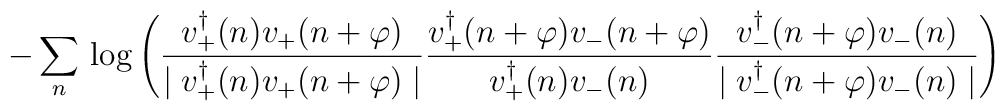
- \sum_n \, \log \left(\frac{v^{\dagger}_+ (n) v_+ (n+\varphi)}{\mid v^{\dagger}_+ (n) v_+(n+\varphi)\mid}\frac{v^{\dagger}_+ (n+\varphi) v_- (n+\varphi)}{v^{\dagger}_+ (n) v_-(n)}\frac{v^{\dagger}_- (n+\varphi) v_- (n)}{\mid v^{\dagger}_- (n+\varphi)v_-(n)\mid}\right)